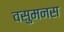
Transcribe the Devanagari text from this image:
वसुमनस